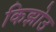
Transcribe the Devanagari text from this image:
किझोउ